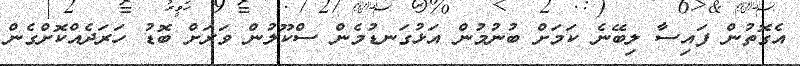
އެގޮތުން ފައިސާ ލިބޭނެ ކަމަށް ބުނުމުން އަޅުގަނޑުމެން ސްކޫލުން ވަރަށް ބޮޑު ހަރަދެއްކޮށްގެން